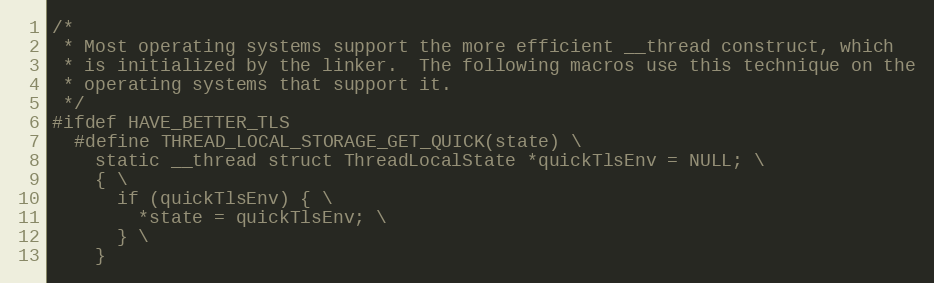
Language: C
/*
 * Most operating systems support the more efficient __thread construct, which
 * is initialized by the linker.  The following macros use this technique on the
 * operating systems that support it.
 */
#ifdef HAVE_BETTER_TLS
  #define THREAD_LOCAL_STORAGE_GET_QUICK(state) \
    static __thread struct ThreadLocalState *quickTlsEnv = NULL; \
    { \
      if (quickTlsEnv) { \
        *state = quickTlsEnv; \
      } \
    }